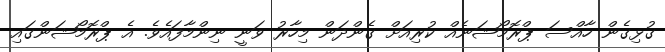
ގުޅިގެން ހާއްސަ ޕްރޮމޯޝަނެއް ކުރިއަށް ގެންދަން މިހާރު ވަނީ ނިންމާފައެވެ. އެ ޕްރޮމޯޝަންގައި